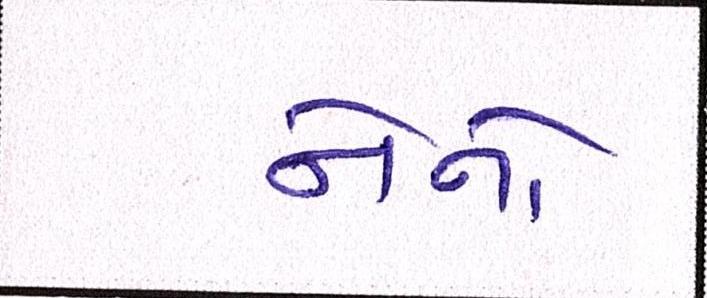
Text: નેનો